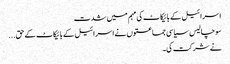
اسرائیل کے بائیکاٹ کی مہم میں شدت
سو چالیس سیاسی جماعتوں نے اسرائیل کے بائیکاٹ کے حق...
نے شرکت کی۔